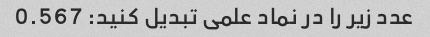
عدد زیر را در نماد علمی تبدیل کنید: 0.567